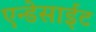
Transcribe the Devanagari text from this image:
एन्डेसाईट